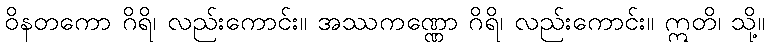
ဝိနတကော ဂိရိ၊ လည်းကောင်း။ အဿကဏ္ဏော ဂိရိ၊ လည်းကောင်း။ ဣတိ၊ သို့။